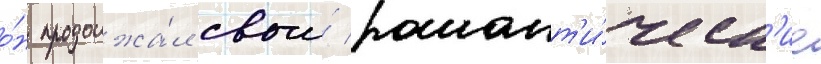
о́н продолжа́л свои́ романт'и́ческ'ие